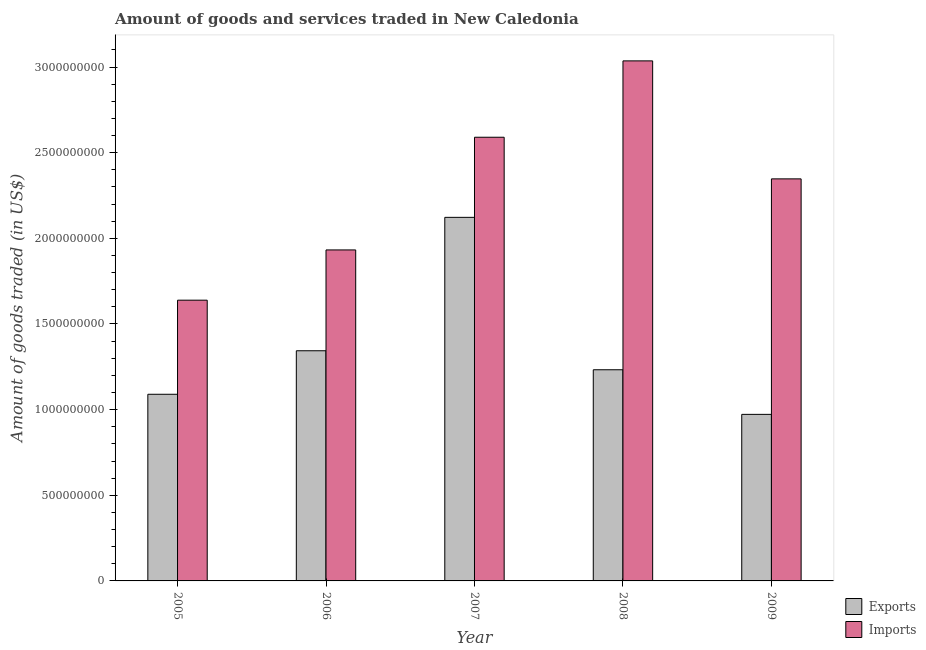
| Year | Exports | Imports |
 | --- | --- | --- |
 | 2005 | 1.09e+09 | 1.64e+09 |
 | 2006 | 1.34e+09 | 1.93e+09 |
 | 2007 | 2.12e+09 | 2.59e+09 |
 | 2008 | 1.23e+09 | 3.04e+09 |
 | 2009 | 9.72e+08 | 2.35e+09 |